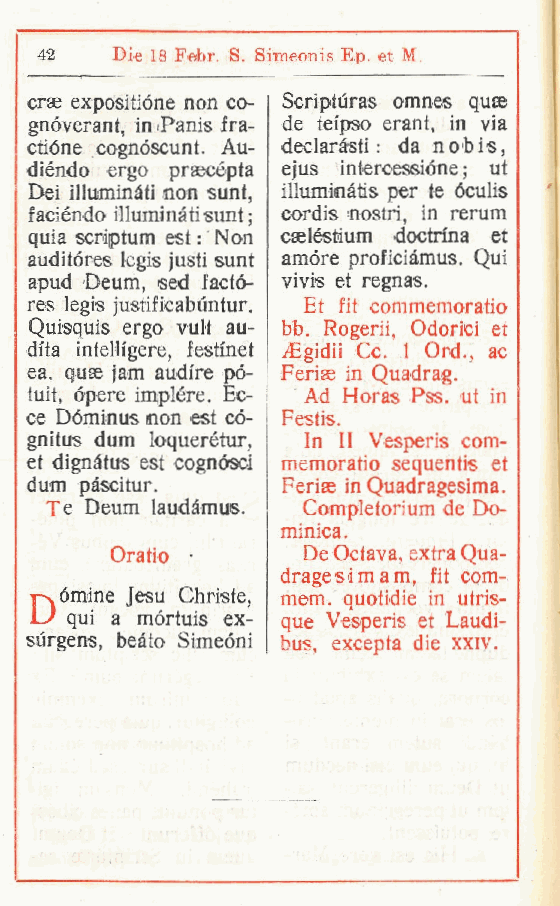
42    Die 18 Febr S. Simeonis Ep. et M.
 .
 erse expositióne non co- Scriptùras omnes quse
 gnóverant, in iPanis fra- de teipso erant, in via
 ctióne cognóscunt. Au- declaràsti : da nobis,
 diéndo ergo praecépta ejus intercessióne ; ut
 Dei illuminati non sunt, illuminàtis per te óculis
 f adendo illuminati sunt ; cordis nostri, in rerum
 quia scriptum est : Non caeléstium doctrina et
 auditóres legis justi sunt amóre proficiàmus. Qui
 apud Deum, sed faetó- vivis et regnas.
 res legis justificabuntur. Et fit commemoratio
 Quisquis ergo vult au- bb. Rogerii Odorici et
 ,
 dila intellfgere, festi'net /Egidii Ce. 1 Ord., ac
 ea, quse jam audire pó- Ferias in Quadrag.
 tuit, òpere implére. Ec- Ad Horas Pss. ut in
 ce Dóminus non est có- Festis.
 gnitus dum loquerétur, In II Vesperis com-
 et dignàtus est cognósci memoratio sequentis et
 dum pàscitur.    Feriae in Quadragesima.
 Te Deum laudàmus. Completorium de Do-
 minica.
 Oratio .     De Octava, extra Qua-
 dragesimam, fit com-
 prèmine Jesu Christe, mem. quotidie in utris-
 LJ qui a mórtuis ex- que Vesperis et Laudi-
 sìrgens, beato Simeóni bus. excepta die xxiv. t